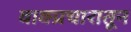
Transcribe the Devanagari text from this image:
वाक्प्रचारातून